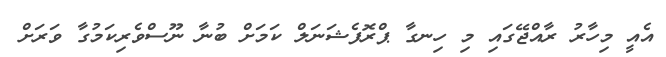
އެއީ މިހާރު ރާއްޖޭގައި މި ހިނގާ ޕްރޮފެޝަނަލް ކަމަށް ބުނާ ނޫސްވެރިކަމުގާ ވަރަށް